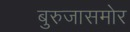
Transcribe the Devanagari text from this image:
बुरुजासमोर